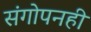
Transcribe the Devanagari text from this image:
संगोपनही